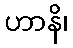
ဟာနိ၊